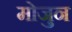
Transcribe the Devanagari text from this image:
मोजुन